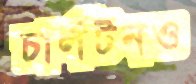
চার্লটনও